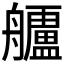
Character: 𮎗